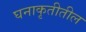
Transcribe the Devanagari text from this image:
घनाकृतीतील